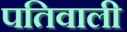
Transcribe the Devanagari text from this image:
पतिवाली